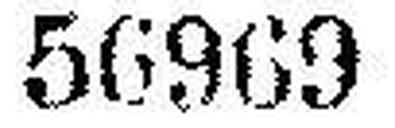
56969